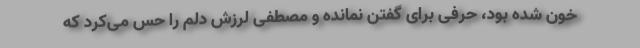
خون شده بود، حرفی برای گفتن نمانده و مصطفی لرزش دلم را حس می‌کرد که